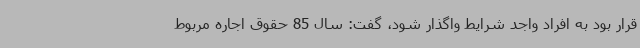
قرار بود به افراد واجد شرایط واگذار شود، گفت: سال 85 حقوق اجاره مربوط